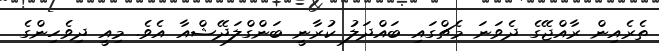
ތެރެެއިން ރާއްޖޭގެ ދެވަނަ މެޗްގައި ބައްދަލު ކުރާނީ ބަންގްލަދޭޝްއާ އެވެ. މިއީ ދިވެހިންގެ